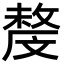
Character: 𣁟